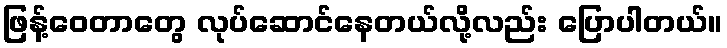
ဖြန့်ဝေတာတွေ လုပ်ဆောင်နေတယ်လို့လည်း ပြောပါတယ်။